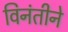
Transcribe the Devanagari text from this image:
विनंतीने